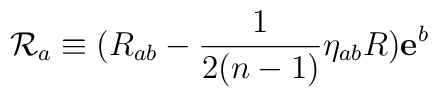
\mathcal{R}_{a}\equiv (R_{ab}-\frac{1}{2(n-1)}\eta _{ab}R)\mathbf{e}^{b}